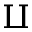
\amalg